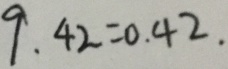
9 . 4 2 = 0 . 4 2 .